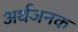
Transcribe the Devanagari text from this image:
अर्थजनक